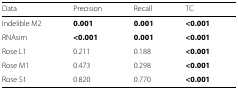
| Data | Precision | Recall | TC | <COLSPAN=2>  |
 | --- | --- | --- | --- | --- | --- |
 | Indelible M2 | 0.001 | 0.001 | <0.001 | <COLSPAN=2>  |
 | RNAsim | <0.001 | 0.001 | <0.001 | <COLSPAN=2>  |
 | Rose L1 | 0.211 | 0.188 | <0.001 | <COLSPAN=2>  |
 | Rose M1 | 0.473 | 0.298 | <0.001 | <COLSPAN=2>  |
 | Rose S1 | 0.820 | 0.770 | <0.001 | <COLSPAN=2>  |